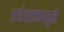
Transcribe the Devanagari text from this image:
अर्धशतकामुळे